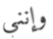
وإنني